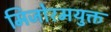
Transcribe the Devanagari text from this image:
मिजोरमयुक्त